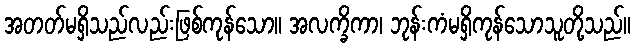
အတတ်မရှိသည်လည်းဖြစ်ကုန်သော။ အလက္ခိကာ၊ ဘုန်းကံမရှိကုန်သောသူတို့သည်။